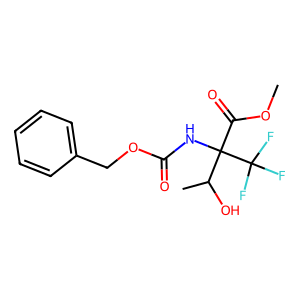
SMILES: COC(=O)C(NC(=O)OCc1ccccc1)(C(C)O)C(F)(F)F
Inhibits HIV replication: No